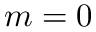
m = 0